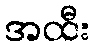
အထီး